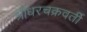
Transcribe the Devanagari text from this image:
श्रीधरचक्रवर्ती